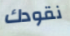
نقودك